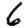
Digit: 6